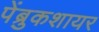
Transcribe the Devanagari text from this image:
पेंब्रुकशायर